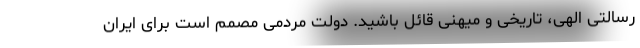
رسالتی الهی، تاریخی و میهنی قائل باشید. دولت مردمی مصمم است برای ایران